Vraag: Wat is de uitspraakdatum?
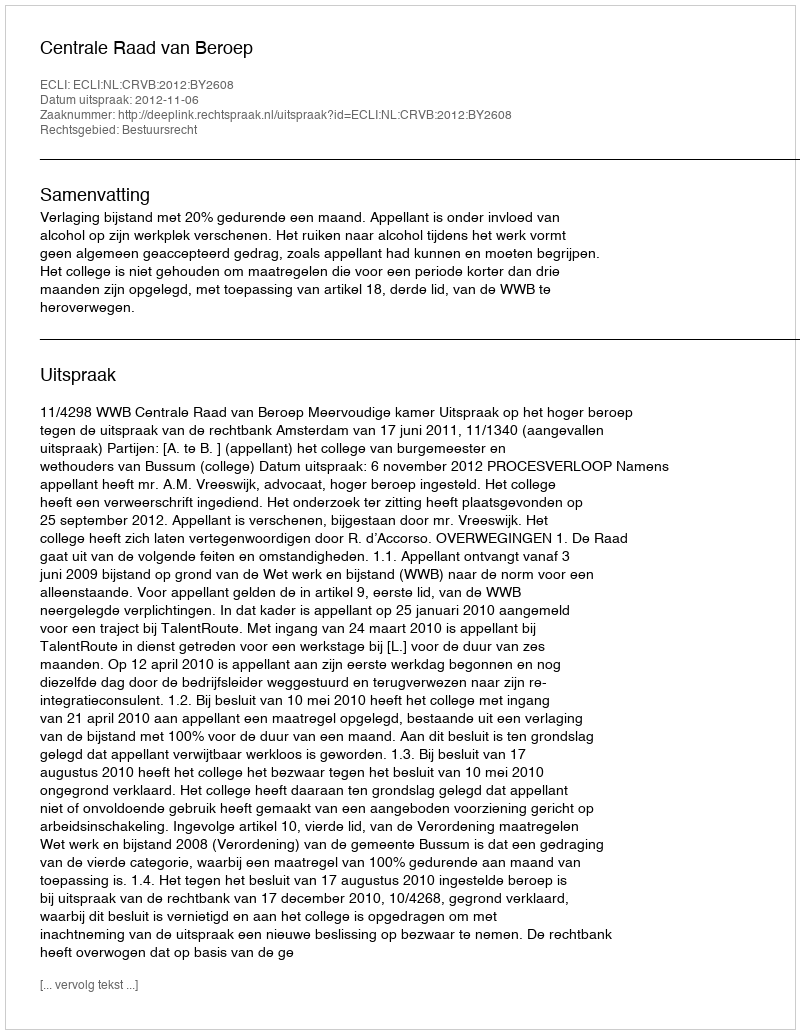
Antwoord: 2012-11-06